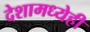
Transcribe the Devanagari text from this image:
देशामध्येही